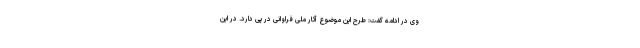
وی در ادامه گفت: طرح این موضوع آثار ملی فراوانی در پی دارد. در این